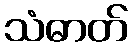
သံဓာတ်